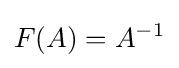
F(A)=A^{-1}